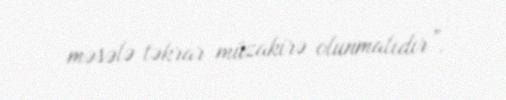
məsələ təkrar müzakirə olunmalıdır”.